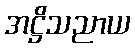
အဋ္ဌိသညာယ